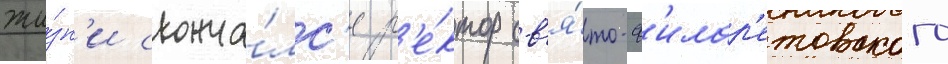
жи́зн'и сконча́лс'я р'е́ктор св'я́то-ф'илар'етовского